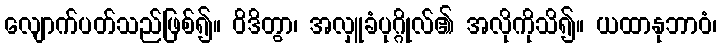
လျောက်ပတ်သည်ဖြစ်၍။ ဝိဒိတွာ၊ အလှူခံပုဂ္ဂိုလ်၏ အလိုကိုသိ၍။ ယထာနုဘာဝံ၊